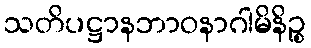
သတိပဋ္ဌာနဘာဝနာဂါမိနိဉ္စ